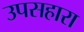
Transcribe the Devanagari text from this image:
उपसहारा